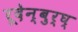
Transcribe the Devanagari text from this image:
रूदेन्बुर्घ्